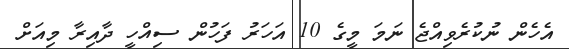
އެހެން ނުކުރެވިއްޖެ ނަމަ މީގެ 10 އަހަރު ފަހުން ސިއްހީ ދާއިރާ މިއަށް